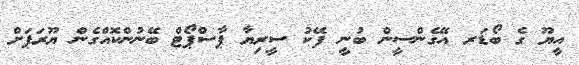
އީޔޫ ގެ ބޯޑަރ އޭގެންސީން ބުނީ ފޭކު ސީރިޔާ ޕާސްޕޯޓް ބޭނުންކޮއްގެން ޔޫރަޕަށް